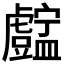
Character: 𥃓